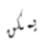
يمكن